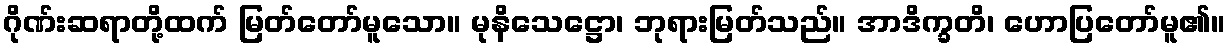
ဂိုဏ်းဆရာတို့ထက် မြတ်တော်မူသော။ မုနိသေဋ္ဌော၊ ဘုရားမြတ်သည်။ အာဒိက္ခတိ၊ ဟောပြတော်မူ၏။